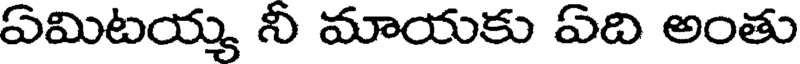
ఏమిటయ్య నీ మాయకు ఏది అంతు